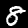
Digit: 8